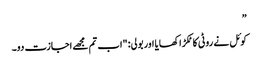
”
کوئل نے روٹی کا ٹکڑا کھایا اور بولی: "اب تم مجھے اجازت دو۔